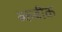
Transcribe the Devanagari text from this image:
ब्कबीक